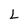
Character: L